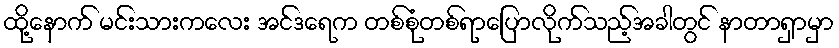
ထို့နောက် မင်းသားကလေး အင်ဒရေက တစ်စုံတစ်ရာပြောလိုက်သည့်အခါတွင် နာတာရှာမှာ